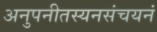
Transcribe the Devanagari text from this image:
अनुपनीतस्यनसंचयनं